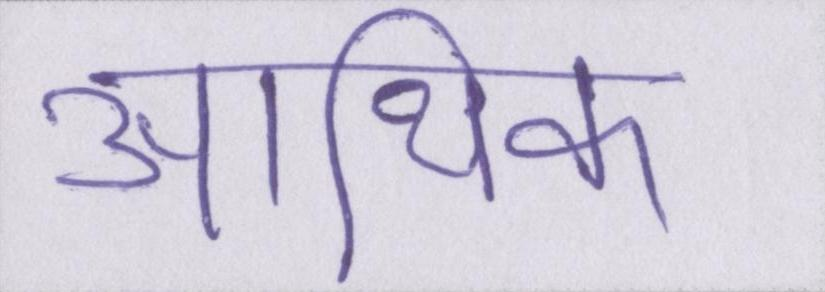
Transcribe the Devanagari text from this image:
आथि॑क